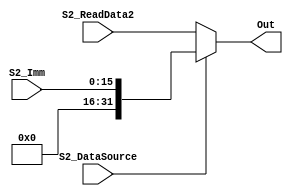
module Mux(Out, S2_ReadData2, S2_Imm, S2_DataSource);

input [31:0] S2_ReadData2;
input [15:0]S2_Imm;
input  S2_DataSource;

output [31:0] Out;


wire[31:0]Extension;

assign Extension= {{16{0}}, S2_Imm}; // extends immediate to 32 bit. 
assign Out =(S2_DataSource) ? Extension : S2_ReadData2; // choose which one. immediate or RD2




endmodule